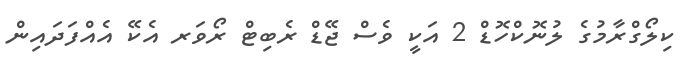
ކިލޯގްރާމުގެ ލުނޮކްހޮޑް 2 އަކީ ވެސް ޖޭޑް ރެބިޓް ރޯވަރ އެކޭ އެއްފަދައިން